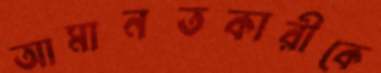
আমানতকারীকে